Rangoon Lunatic Asylum 1898-1906 - 1898-1906
Year: 1898
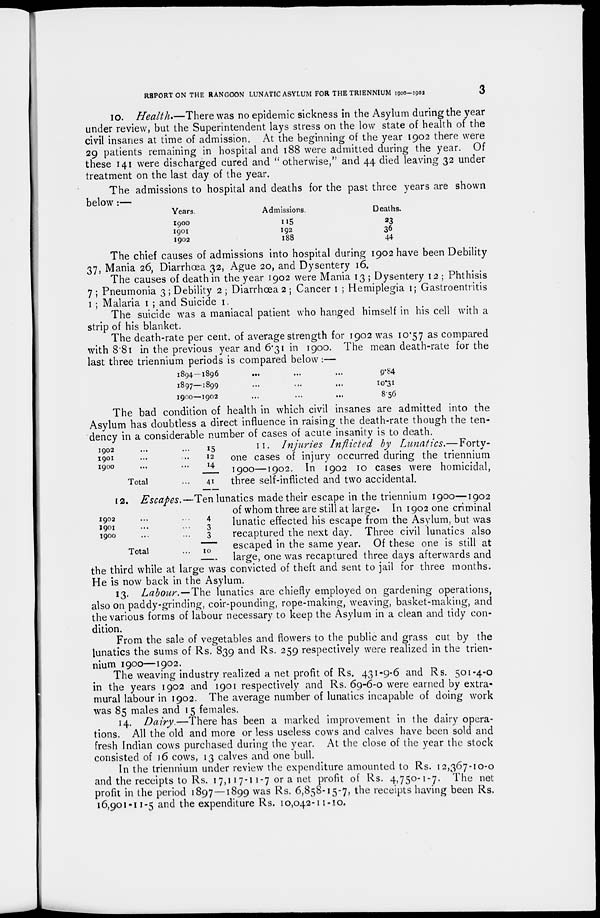
REPORT ON THE RANGOON LUNATIC ASYLUM FOR THE TRIENNIUM 1900-1902
3
10. Health.—There was no epidemic sickness in the Asylum during the year
under review, but the Superintendent lays stress on the low state of health of the
civil insanes at time of admission. At the beginning of the year 1902 there were
29 patients remaining in hospital and 188 were admitted during the year. Of
these 141 were discharged cured and " otherwise," and 44 died leaving 32 under
treatment on the last day of the year.
The admissions to hospital and deaths for the past three years are shown
below :—
Years.
1900
1901
1902
Admissions.
115
192
188
Deaths.
23
36
44
The chief causes of admissions into hospital during 1902 have been Debility
37, Mania 26, Diarrhœa 32, Ague 20, and Dysentery 16.
The causes of death in the year 1902 were Mania 13 ; Dysentery 12 ; Phthisis
7 ; Pneumonia 3; Debility 2 ; Diarrhœa 2 ; Cancer 1 ; Hemiplegia 1; Gastroentritis
1 ; Malaria 1 ; and Suicide 1.
The suicide was a maniacal patient who hanged himself in his cell with a
strip of his blanket.
The death-rate per cent. of average strength for 1902 was 10.57 as compared
with 8.81 in the previous year and 6.31 in 1900. The mean death-rate for the
last three triennium periods is compared below:—
1894—1896
...
...
...
1897—1899 ... ... ...
1900—1902 ... ... ...
9.84
10.31
8.56
1902 ... ...
1901 ... ...
1900 ... ...
Total ... ...
15
12
14
41
The bad condition of health in which civil insanes are admitted into the
Asylum has doubtless a direct influence in raising the death-rate though the ten-
dency in a considerable number of cases of acute insanity is to death.
11. Injuries Inflicted by Lunatics.— Forty-
one cases of injury occurred during the triennium
1900—1902. In 1902 10 cases were homicidal,
three self-inflicted and two accidental.
1902 ... ...
1901 ... ...
1900 ... ...
Total ...
4
3
3
10
12. Escapes.—Ten lunatics made their escape in the triennium 1900—1902
of whom three are still at large. In 1902 one criminal
lunatic effected his escape from the Asylum, but was
recaptured the next day. Three civil lunatics also
escaped in the same year. Of these one is still at
large, one was recaptured three days afterwards and
the third while at large was convicted of theft and sent to jail for three months.
He is now back in the Asylum.
13. Labour.—The lunatics are chiefly employed on gardening operations,
also on paddy-grinding, coir-pounding, rope-making, weaving, basket-making, and
the various forms of labour necessary to keep the Asylum in a clean and tidy con-
dition.
From the sale of vegetables and flowers to the public and grass cut by the
lunatics the sums of Rs. 839 and Rs. 259 respectively were realized in the trien-
nium 1900—1902.
The weaving industry realized a net profit of Rs. 431-9-6 and Rs. 501-4-0
in the years 1902 and 1901 respectively and Rs. 69-6-0 were earned by extra-
mural labour in 1902. The average number of lunatics incapable of doing work
was 85 males and 15 females.
14. Dairy.—There has been a marked improvement in the dairy opera-
tions. All the old and more or less useless cows and calves have been sold and
fresh Indian cows purchased during the year. At the close of the year the stock
consisted of 16 cows, 13 calves and one bull.
In the triennium under review the expenditure amounted to Rs. 12,367-10-0
and the receipts to Rs. 17,117-11-7 or a net profit of Rs. 4,750-1-7. The net
profit in the period 1897—1899 was Rs. 6,858-15-7, the receipts having been Rs.
16,901-11-5 and the expenditure Rs. 10,042-11-10.